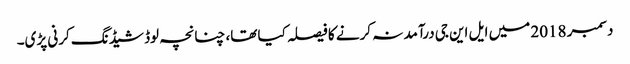
دسمبر 2018 میں ایل این جی درآمد نہ کرنے کا فیصلہ کیا تھا، چنانچہ لوڈ شیڈنگ کرنی پڑی۔